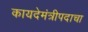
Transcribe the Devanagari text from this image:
कायदेमंत्रीपदाचा